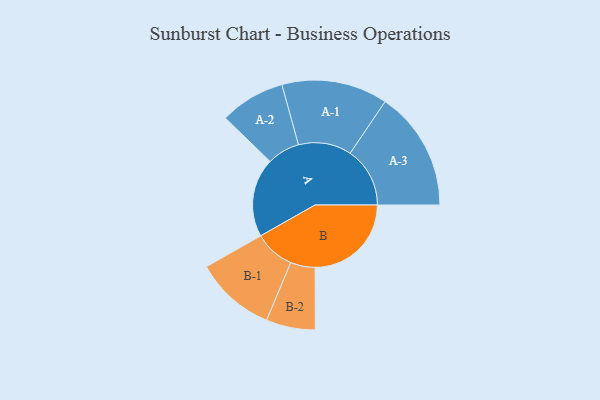
{"axis": {"x": "Segment", "y": "Value"}, "legend": ["", "A", "B"], "data": [{"x": "A", "y": 360, "type": ""}, {"x": "B", "y": 439, "type": ""}, {"x": "A-1", "y": 242, "type": "A"}, {"x": "A-2", "y": 149, "type": "A"}, {"x": "A-3", "y": 273, "type": "A"}, {"x": "B-1", "y": 184, "type": "B"}, {"x": "B-2", "y": 112, "type": "B"}]}